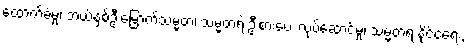
ထောက်ခံမှု၊ ဘယ်နှစ်ဦးမြောက်သမ္မတ၊ သမ္မတရဲ့ ဦးစားပေး လုပ်ဆောင်မှု၊ သမ္မတရဲ့ နိုင်ငံရေး,